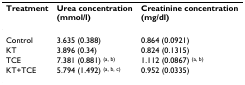
| Treatment | Urea concentration(mmol/l) | Creatinine concentration(mg/dl) |
 | --- | --- | --- |
 | Control | 3.635 (0.388) | 0.864 (0.0921) |
 | KT | 3.896 (0.34) | 0.824 (0.1315) |
 | TCE | 7.381 (0.881) (a, b) | 1.112 (0.0867) (a, b) |
 | KT+TCE | 5.794 (1.492) (a, b, c) | 0.952 (0.0335) |